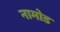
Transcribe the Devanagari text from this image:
नामोड